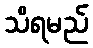
သိရမည်